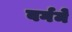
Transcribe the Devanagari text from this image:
वर्गमे